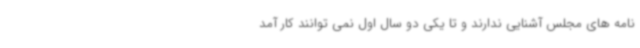
نامه های مجلس آشنایی ندارند و تا یکی دو سال اول نمی توانند کار آمد